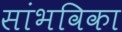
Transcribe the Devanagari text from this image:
सांभविका